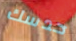
حدسك